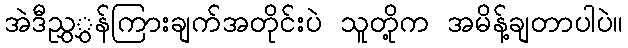
အဲဒီညွှွှန်ကြားချက်အတိုင်းပဲ သူတို့က အမိန့်ချတာပါပဲ။